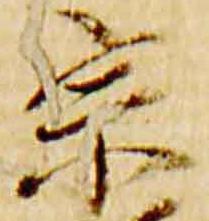
宗